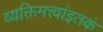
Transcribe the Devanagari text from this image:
व्यक्तिमत्त्वांइतकं